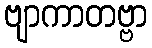
ဗျာကာတဗ္ဗာ